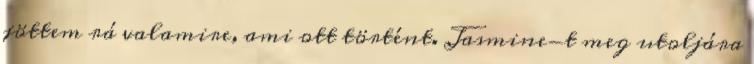
jöttem rá valamire, ami ott történt. Jasmine-t meg utoljára